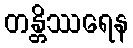
တန္တိဿရေန